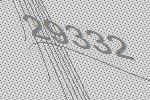
29332